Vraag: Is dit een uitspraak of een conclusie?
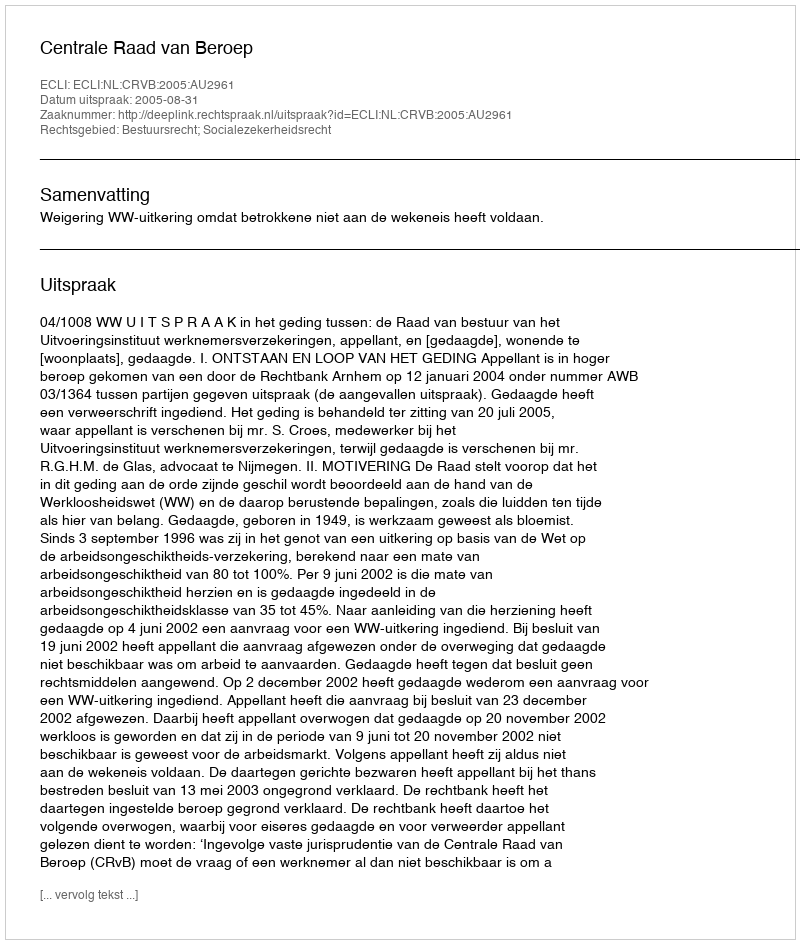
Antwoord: Uitspraak